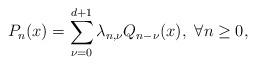
LaTeX: \begin{align*}P_{n}(x)=\sum_{\nu=0}^{d+1}\lambda _{n,\nu}Q_{n-\nu}(x),\ \forall n\geq0, \end{align*}